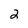
Character: 2